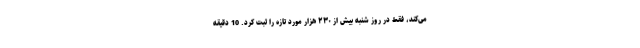
می‌کند، فقط در روز شنبه بیش از ۲۳۰ هزار مورد تازه را ثبت کرد. 10 دقیقه